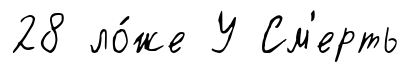
28 ло́же У См'ерть